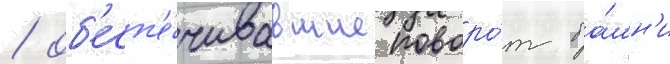
/ об'есп'е́чивавшие поворо́т ба́шн'и